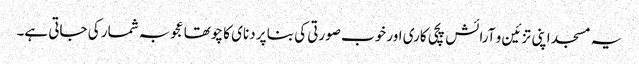
یہ مسجد اپنی تزئین و آرائش پچی کاری اور خوب صورتی کی بنا پر دنای کا چوتھا عجوبہ شمار کی جاتی ہے۔